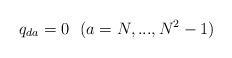
\begin{align*}q_{da}=0 \ \ (a=N, ..., N^2-1)\end{align*}